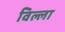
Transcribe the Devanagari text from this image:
विल्‍ला